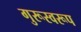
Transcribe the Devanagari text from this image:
गुरूस्वरूप